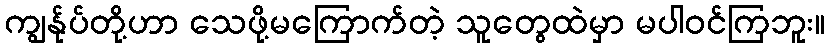
ကျွန်ုပ်တို့ဟာ သေဖို့မကြောက်တဲ့ သူတွေထဲမှာ မပါဝင်ကြဘူး။